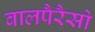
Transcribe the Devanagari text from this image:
वालपैरैसो